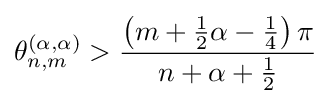
\theta _{n,m}^{(\alpha ,\alpha )}>{\frac {\left(m+{\tfrac {1}{2}}\alpha -{\tfrac {1}{4}}\right){\pi }}{n+\alpha +{\tfrac {1}{2}}}}